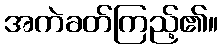
အကဲခတ်ကြည့်၏။